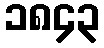
၁၈၄၃